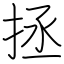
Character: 拯